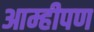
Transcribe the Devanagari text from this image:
आम्हीपण